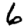
Digit: 6